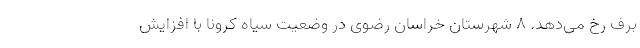
برف رخ می‌دهد. ۸ شهرستان خراسان رضوی در وضعیت سیاه کرونا با افزایش